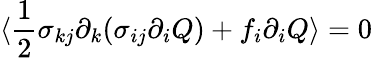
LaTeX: \langle\frac{1}{2}\sigma_{kj}\partial_{k}(\sigma_{ij}\partial_{i}Q)+f_{i}\partial_{i}Q\rangle=0